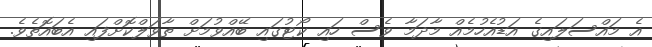
އެ މައްސަލައިގެ އަޑުއެހުމެއް މާދަމާ ވެސް ހައި ކޯޓުގައި ބޭއްވުމަށް ތާވަލްކޮށްފައި އެބައޮތެވެ.